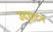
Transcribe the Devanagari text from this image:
उद्‌घाटन